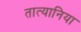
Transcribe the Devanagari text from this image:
तात्यानिया